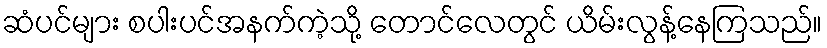
ဆံပင်များ စပါးပင်အနက်ကဲ့သို့ တောင်လေတွင် ယိမ်းလွန့်နေကြသည်။